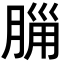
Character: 𣎂